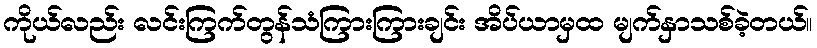
ကိုယ်လည်း လင်းကြက်တွန်သံကြားကြားချင်း အိပ်ယာမှထ မျက်နှာသစ်ခဲ့တယ်။